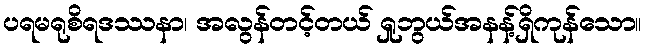
ပရမရုစိရဒဿနာ၊ အလွန်တင့်တယ် ရှုဘွယ်အနန့်ရှိကုန်သော။